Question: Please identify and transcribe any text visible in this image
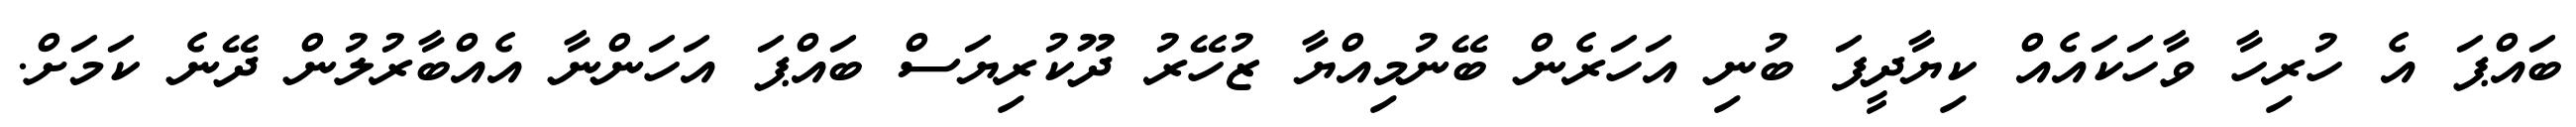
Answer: ބައްޕަ އެ ހުރިހާ ވާހަކައެއް ކިޔާދީފަ ބުނި އަހަރެން ބޭނުމިއްޔާ ޒުހޭރު ދޫކުރިޔަސް ބައްޕަ އަހަންނާ އެއްބާރުލުން ދޭނެ ކަމަށް.